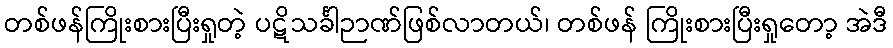
တစ်ဖန်ကြိုးစားပြီးရှုတဲ့ ပဋိသင်္ခါဉာဏ်ဖြစ်လာတယ်၊ တစ်ဖန် ကြိုးစားပြီးရှုတော့ အဲဒီ